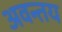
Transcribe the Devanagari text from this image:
अवन्तय